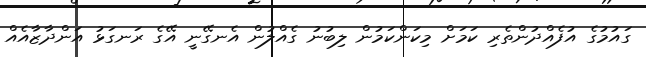
ގައުމުގެ އުފެއްދުންތެރި ކަމަށް މިކަންކަމުން ލިބުނު ގެއްލުން އެނގޭނީ އޭގެ ރަނގަޅު އަންދާޒާއެއް